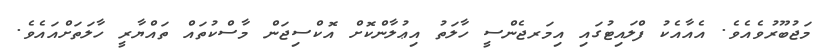
މަޖުބޫރުވެއެވެ. އެއާއެކު ފްލައިޓުގައި އިމަރޖެންސީ ހާލަތު އިޢުލާންކޮށް އޮކްސިޖަން މާސްކުތައް ތައްޔާރީ ހާލަތަށްއައެވެ.